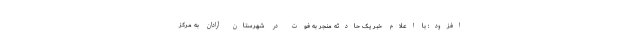
افزود: با اعلام خبر یک حادثه منجر به فوت در شهرستان آرادان به مرکز